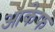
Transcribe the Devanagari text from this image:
आकेफ